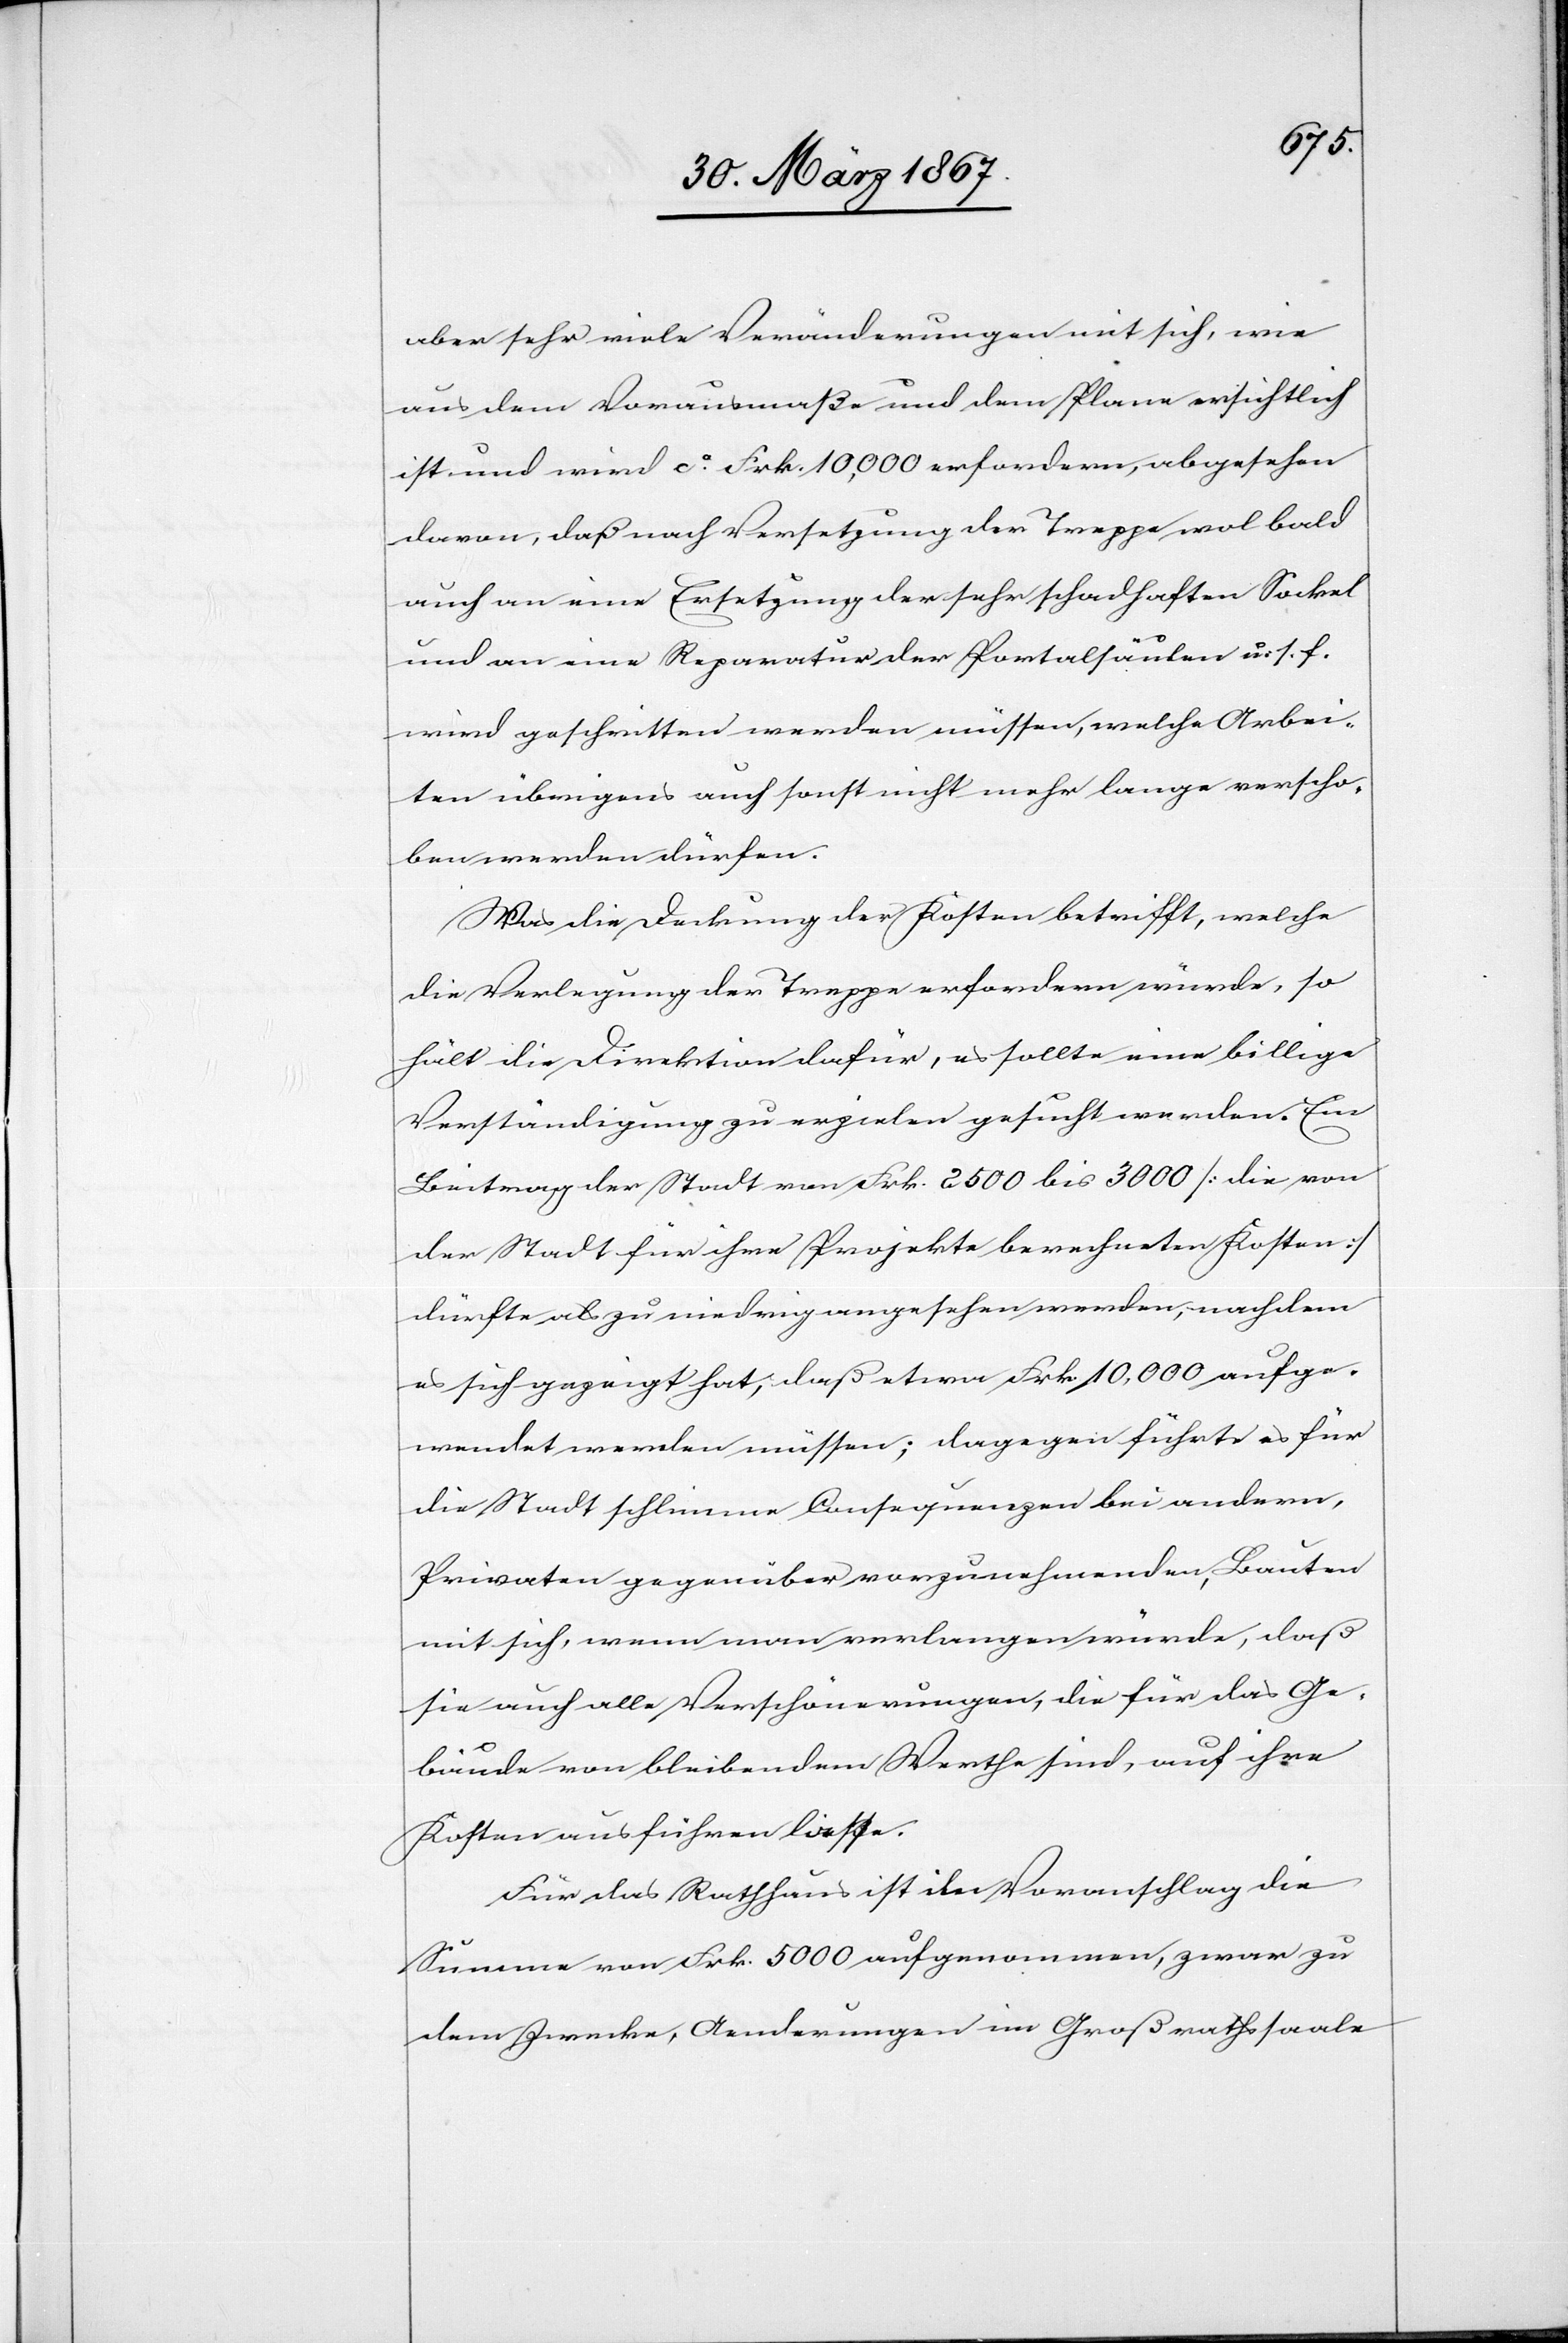
aber sehr viele Veränderungen mit sich, wie
aus dem Vorausmaße und dem Plane ersichtlich
ist und wird ca. Frk. 10,000 erfordern, abgesehen
davon, daß nach Versetzung der Treppe wol bald
auch an eine Ersetzung der sehr schadhaften Sockel
und an eine Reparatur der Portalsäulen u. s. f.
wird geschritten werden müssen, welche Arbei¬
ten übrigens auch sonst nicht mehr lange verscho¬
ben werden dürfen.
Was die Deckung der Kosten betrifft, welche
die Verlegung der Treppe erfordern würde, so
hält die Direktion dafür, es sollte eine billige
Verständigung zu erzielen gesucht werden. Ein
Beitrag der Stadt von Frk. 2500 bis 3000 [die von
der Stadt für ihre Projekte berechneten Kosten]
dürfte als zu niedrig angesehen werden, nachdem
es sich gezeigt hat, daß etwa Frk. 10,000 aufge¬
wendet werden müssen; dagegen führte es für
die Stadt schlimme Consequenzen bei andern,
Privaten gegenüber vorzunehmenden Bauten
mit sich, wenn man verlangen würde, daß
sie auch alle Verschönerungen, die für das Ge¬
bäude von bleibendem Werthe sind, auf ihre
Kosten ausführen liesse.
Für das Rathhaus ist im Voranschlag die
Summe von Frk. 5000 aufgenommen, zwar zu
dem Zwecke, Aenderungen im Großrathssaale